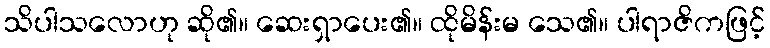
သိပါသလောဟု ဆို၏။ ဆေးရှာပေး၏။ ထိုမိန်းမ သေ၏။ ပါရာဇိကဖြင့်